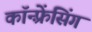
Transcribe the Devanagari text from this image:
कॉन्फ़्रेंसिंग